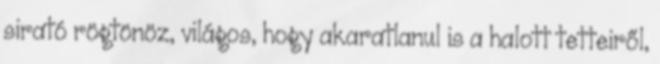
sirató rögtönöz, világos, hogy akaratlanul is a halott tetteiről,